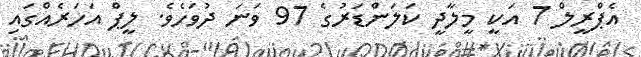
އެޕްރީލް 7 އަކީ މީލާދީ ކަލަންޑަރުގެ 97 ވަނަ ދުވަހެވެ. ލީޕް އަހަރެއްގައި